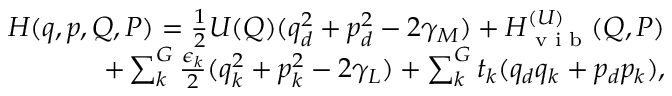
\begin{array} { r } { H ( \boldsymbol { q } , \boldsymbol { p } , \boldsymbol { Q } , \boldsymbol { P } ) = \frac { 1 } { 2 } U ( \boldsymbol { Q } ) ( q _ { d } ^ { 2 } + p _ { d } ^ { 2 } - 2 \gamma _ { M } ) + H _ { \textrm { v i b } } ^ { ( U ) } ( \boldsymbol { Q } , \boldsymbol { P } ) } \\ { + \sum _ { k } ^ { G } \frac { \epsilon _ { k } } { 2 } ( q _ { k } ^ { 2 } + p _ { k } ^ { 2 } - 2 \gamma _ { L } ) + \sum _ { k } ^ { G } t _ { k } ( q _ { d } q _ { k } + p _ { d } p _ { k } ) , } \end{array}